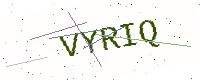
Text: VYRIQ